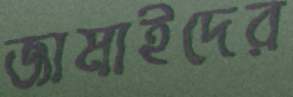
জামাইদের